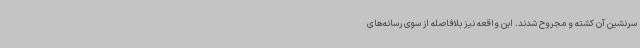
سرنشین آن کشته و مجروح شدند. این واقعه نیز بلافاصله از سوی رسانه‌های